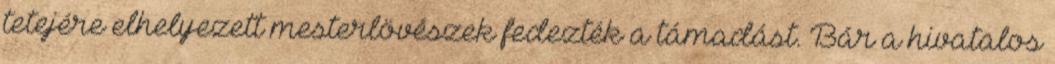
tetejére elhelyezett mesterlövészek fedezték a támadást. Bár a hivatalos